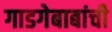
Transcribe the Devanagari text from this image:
गाडगेबाबांची